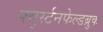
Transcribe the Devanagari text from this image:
फ्युर्स्टनफेल्डब्रुक